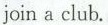
join a club.